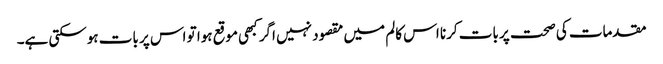
مقدمات کی صحت پر بات کرنا اس کالم میں مقصود نہیں اگر کبھی موقع ہوا تو اس پر بات ہوسکتی ہے۔